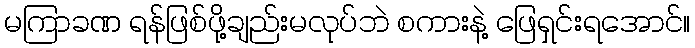
မကြာခဏ ရန်ဖြစ်ဖို့ချည်းမလုပ်ဘဲ စကားနဲ့ ဖြေရှင်းရအောင်။